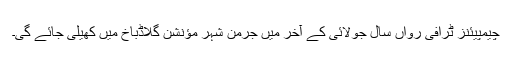
چیمپیئنز ٹرافی رواں سال جولائی کے آخر میں جرمن شہر مؤنشن گلاڈباخ میں کھیلی جائے گی۔